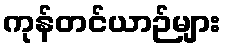
ကုန်တင်ယာဉ်များ